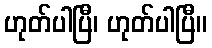
ဟုတ်ပါပြီ၊ ဟုတ်ပါပြီ။